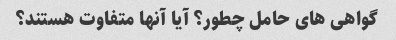
گواهی های حامل چطور؟ آیا آنها متفاوت هستند؟